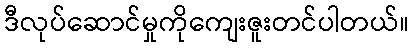
ဒီလုပ်ဆောင်မှုကိုကျေးဇူးတင်ပါတယ်။